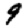
Digit: 9